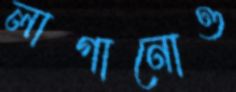
লাগানোও